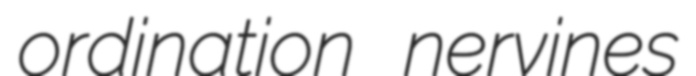
ordination nervines